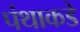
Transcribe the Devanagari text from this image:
पंथाकडे